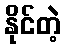
နိုင်တဲ့